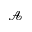
\mathcal { A }